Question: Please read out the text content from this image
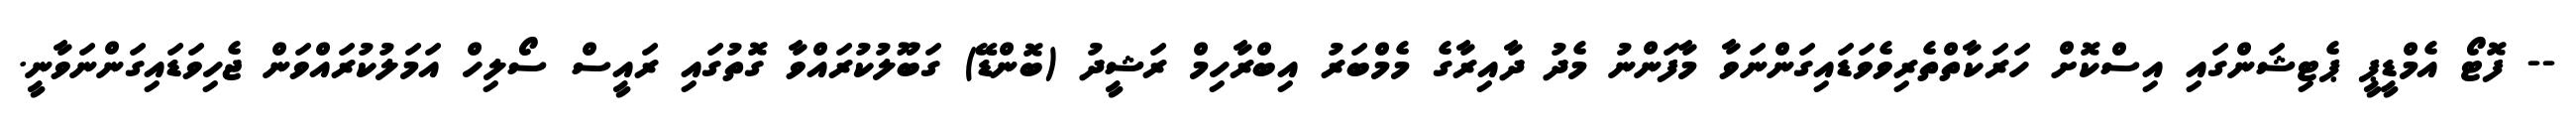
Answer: -- ފޮޓޯ އެމްޑީޕީ ޕެޓިޝަންގައި އިސްކޮށް ހަރަކާތްތެރިވެވަޑައިގަންނަވާ މާފަންނު މެދު ދާއިރާގެ މެމްބަރު އިބްރާހިމް ރަޝީދު (ބޮންޑޭ) ގަބޫލުކުރައްވާ ގޮތުގައި ރައީސް ސޯލިހް އަމަލުކުރައްވަން ޖެހިވަޑައިގަންނަވާނީ.